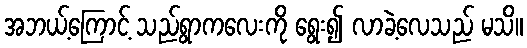
အဘယ့်ကြောင့် သည်ရွာကလေးကို ရွေး၍ လာခဲ့လေသည် မသိ။